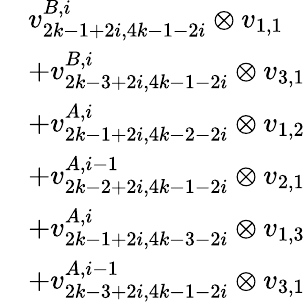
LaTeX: \begin{array}{rl}&{v_{2k-1+2i,4k-1-2i}^{B,i}\otimes v_{1,1}}\\ &{+v_{2k-3+2i,4k-1-2i}^{B,i}\otimes v_{3,1}}\\ &{+v_{2k-1+2i,4k-2-2i}^{A,i}\otimes v_{1,2}}\\ &{+v_{2k-2+2i,4k-1-2i}^{A,i-1}\otimes v_{2,1}}\\ &{+v_{2k-1+2i,4k-3-2i}^{A,i}\otimes v_{1,3}}\\ &{+v_{2k-3+2i,4k-1-2i}^{A,i-1}\otimes v_{3,1}}\end{array}